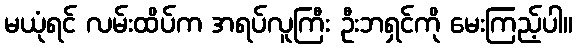
မယုံရင် လမ်းထိပ်က အရပ်လူကြီး ဦးဘရှင်ကို မေးကြည့်ပါ။